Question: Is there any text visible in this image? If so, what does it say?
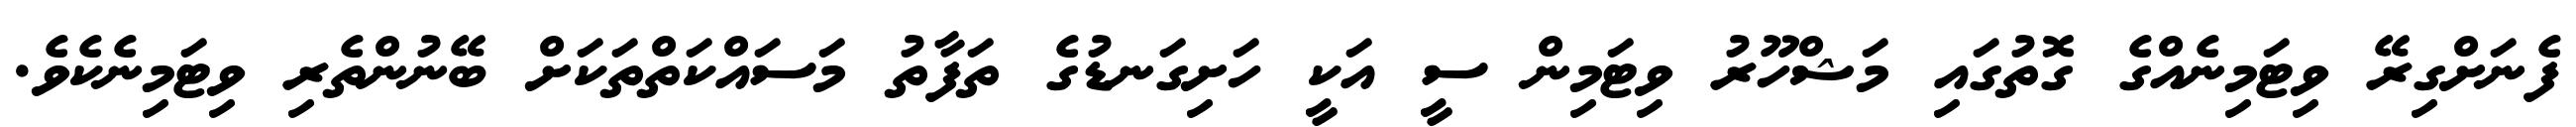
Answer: ފެނަށްގިރޭ ވިޓަމިނެއްގެ ގޮތުގައި މަޝްހޫރު ވިޓަމިން ސީ އަކީ ހަށިގަނޑުގެ ތަފާތު މަސައްކަތްތަކަށް ބޭނުންތެރި ވިޓަމިނެކެވެ.